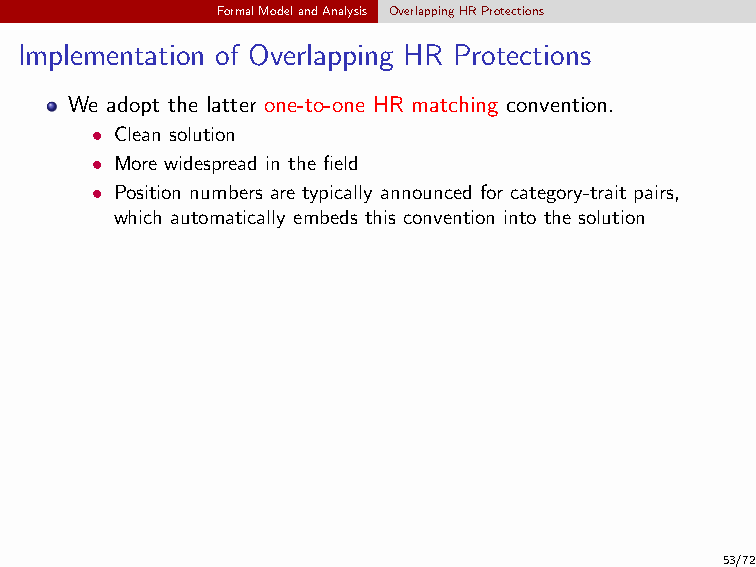
For example, the following Table is from Saurav Yadav (2020):
 FormalModelandAnalysis OverlappingHRProtections
 Implementation of Overlapping HR Protections
 We adopt the latter one-to-one HR matching convention.
 • Clean solution
 • More widespread in the field
 • Position numbers are typically announced for category-trait pairs,
 which automatically embeds this convention into the solution
 53/72